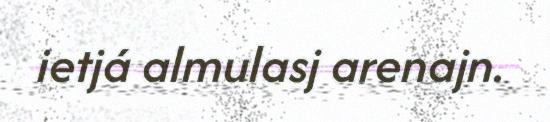
ietjá almulasj arenajn.